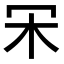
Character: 𣎾